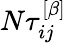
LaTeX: N\tau_{ij}^{\left[\beta\right]}